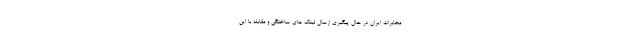
مخابرات ایران در حال پیگیری ارسال لینک های ساختگی و مقابله با این